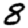
Digit: 8